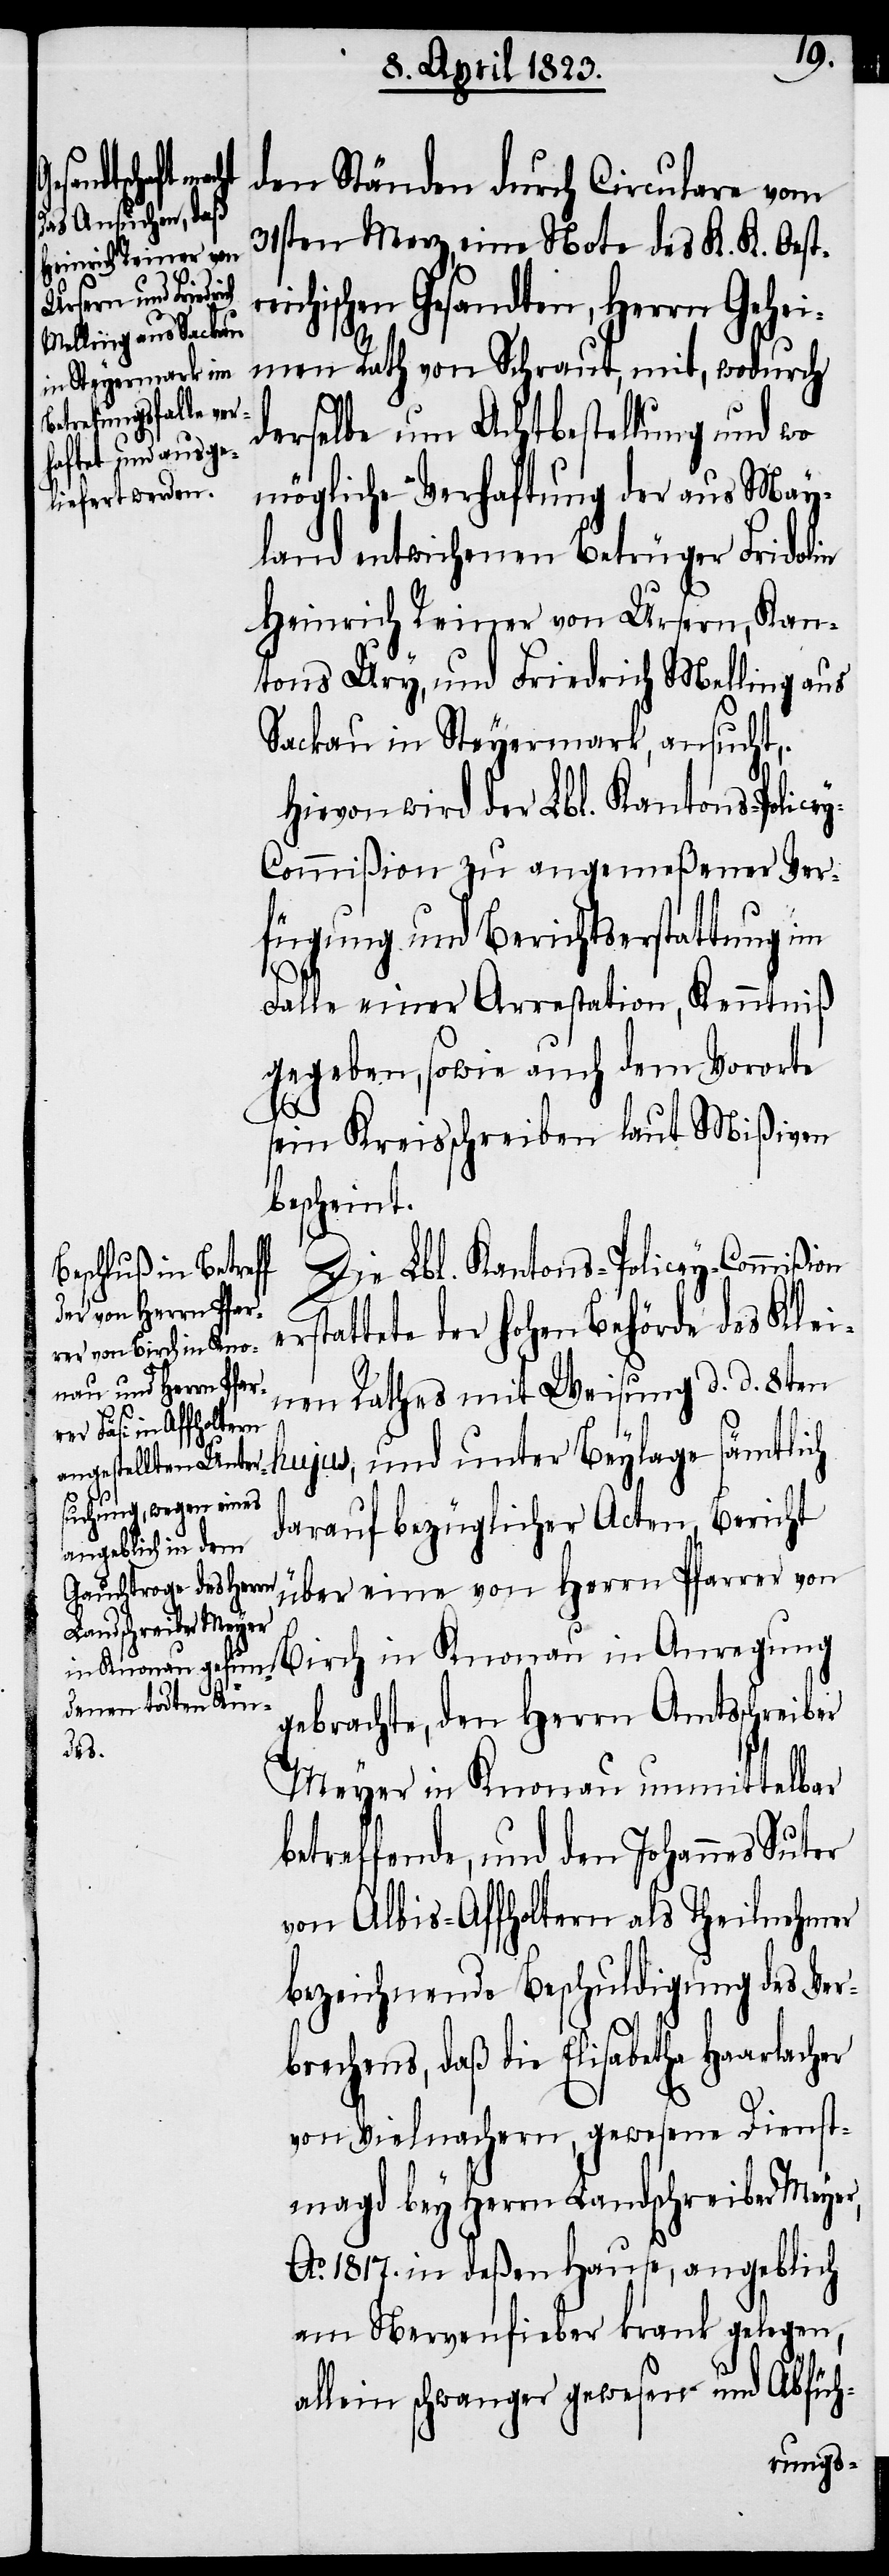
er

den Ständen durch Circulare vom
31sten Merz, eine Note des K. K. Oest¬
ichischen Gesandten, Herrn Gehei¬
men Rath von Schraut, mit, wodurch
derselbe um Achtbestellung und wo
mögliche Verhaftung der aus May¬
land entwichenen Betrüger Fridolin
Heinrich Reiner von Ursern, Kan¬
tons Ury, und Friedrich Melling aus
Sackau in Steyermark, ansucht,.
Hievon wird der Lbl. Kantons-Police¬
y-Commißion zu angemeßener Ver¬
fügung und Berichtserstattung im
Falle einer Arrestation, Kenntniß
gegeben, sowie auch dem Vororte
sein Kreisschreiben laut Mißiven
bescheint.
Die Lbl. Kantons-Policey-Commißion
tattete der hohen Behörde des Klei¬
nen Rathes mit Weisung d. d. 8ten
hujus, und unter Beylage sämtlich
darauf bezüglicher Acten, Bericht
über eine von Herrn Pfarrer von
Birch in Knonau in Anregung
gebrachte, den Herrn Amtsschreiber
Meyer in Knonau unmittelbar
betreffende, und den Johannes Suter
von Albis-Affholtern als Theilnehmer
bezeichnende Beschuldigung des Ver¬
brechens, daß die Elisabetha Haarlach¬
von Vielnachern, gewesene Dienst¬
magd bey Herrn Landschreiber Meyer,
Ao. 1817. in deßen Hause, angeblich
am Nervenfieber krank gelegen,
allein schwanger gewesen und Abfüh-